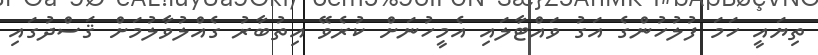
ތިޔައީ ހަމަ ފުލުހުންގެ އަގު ވައްޓާލައި އެމީހުނަށް ކުރެވޭ އިތުބާރު ގެއްލުވާލުމަށް ޤަސްދުގައި